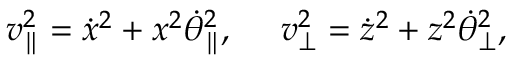
v _ { \parallel } ^ { 2 } = \dot { x } ^ { 2 } + x ^ { 2 } \dot { \theta } _ { \parallel } ^ { 2 } , \ \ \ \ v _ { \perp } ^ { 2 } = \dot { z } ^ { 2 } + z ^ { 2 } \dot { \theta } _ { \perp } ^ { 2 } ,